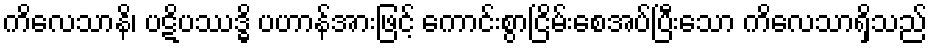
ကိလေသာနိ၊ ပဋိပဿဒ္ဓိ ပဟာန်အားဖြင့် ကောင်းစွာငြိမ်းစေအပ်ပြီးသော ကိလေသာရှိသည်